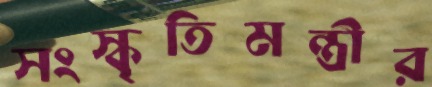
সংস্কৃতিমন্ত্রীর